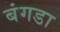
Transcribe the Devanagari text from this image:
बंगडा